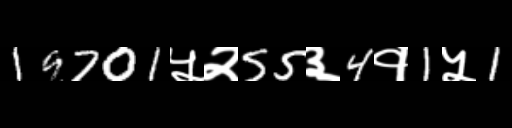
Text: 19701५२55३4१1५1